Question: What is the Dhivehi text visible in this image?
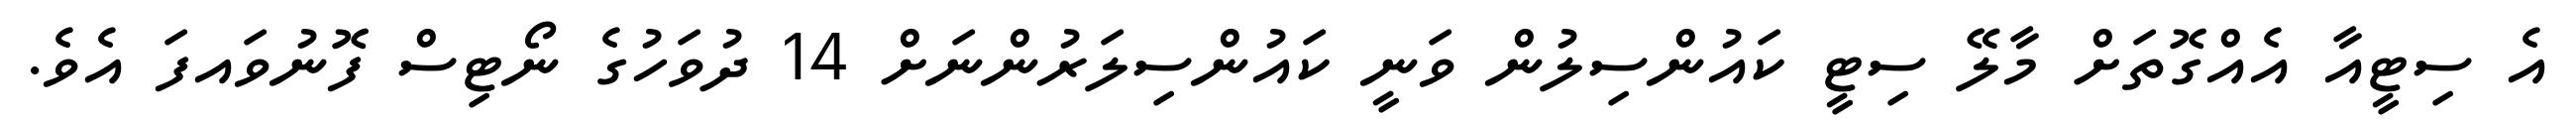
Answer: އެ ސިޓީއާ އެއްގޮތަށް މާލޭ ސިޓީ ކައުންސިލުން ވަނީ ކައުންސިލަރުންނަށް 14 ދުވަހުގެ ނޯޓިސް ފޮނުވައފަ އެވެ.